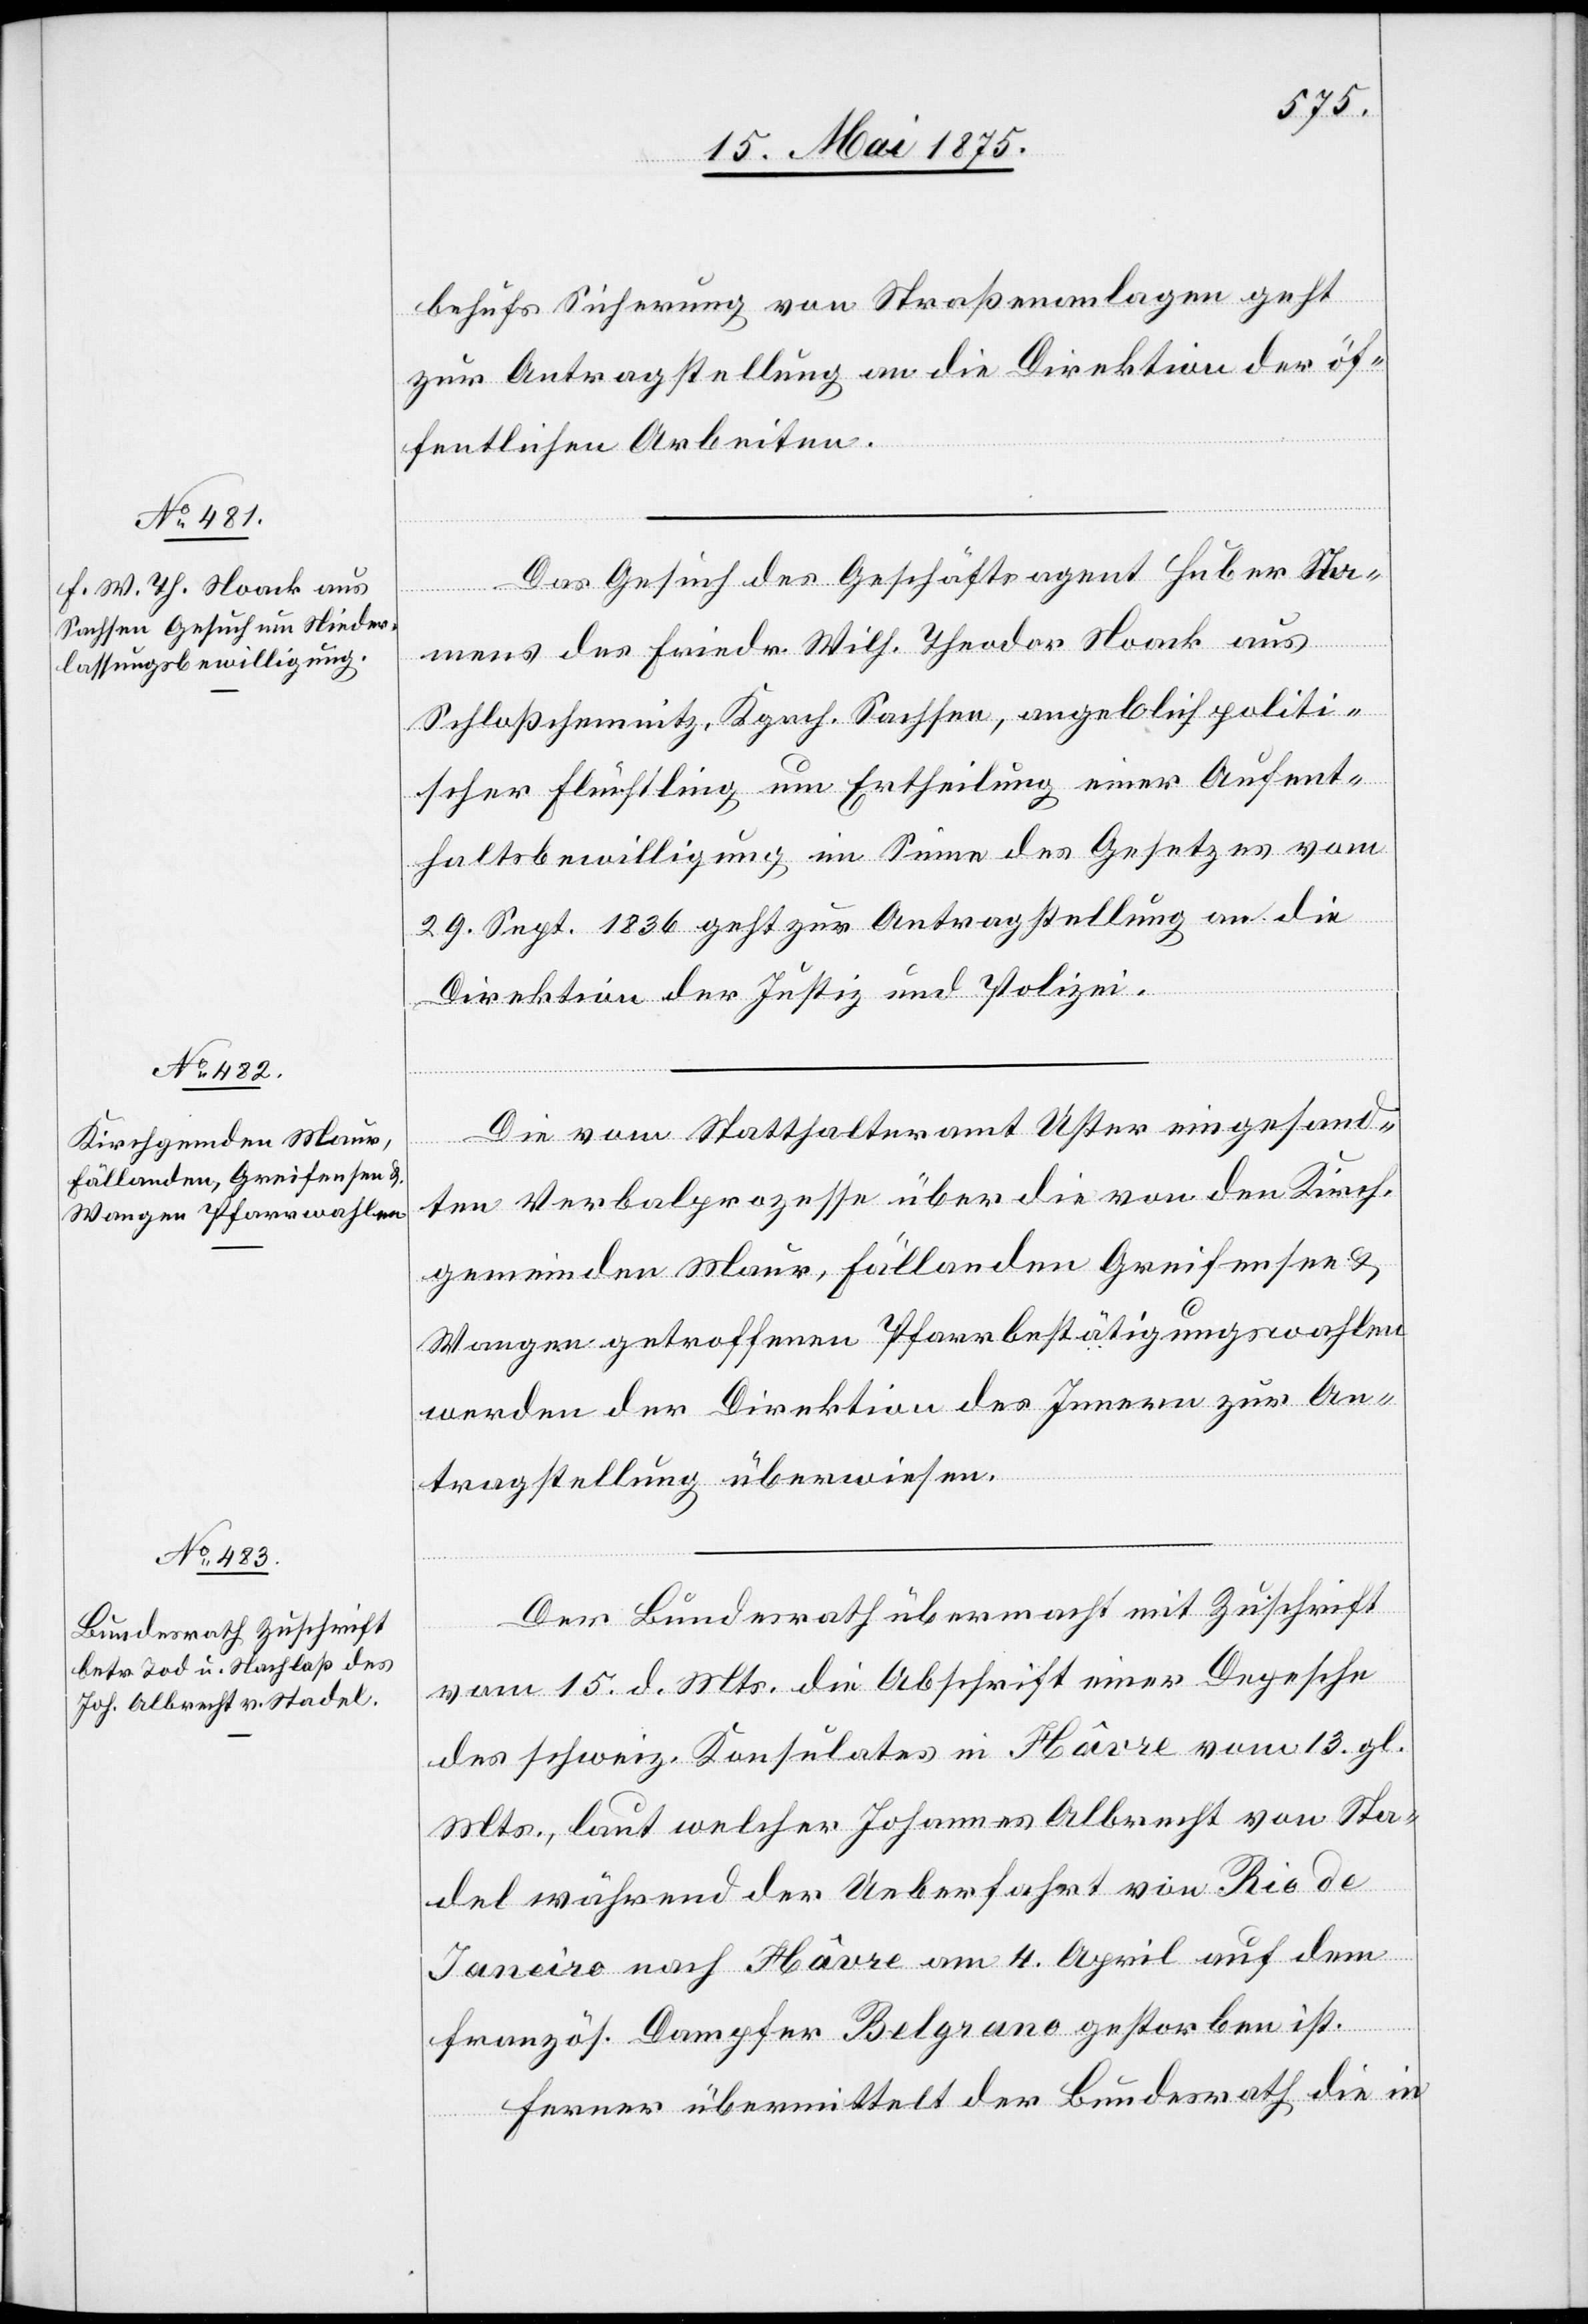
20. Mai 1875.]
behufs Sicherung von Straßenanlagen geht
zur Antragstellung an die Direktion der öf¬
fentlichen Arbeiten.
Das Gesuch des Geschäftsagent Huber Na¬
mens des Friedr. Wilh. Theodor Noack aus
Schloßchemnitz, Kgrch. Sachsen, angeblich politi¬
scher Flüchtling um Ertheilung einer Aufent¬
haltsbewilligung im Sinne des Gesetzes vom
29. Sept. 1836 geht zur Antragstellung an die
Direktion der Justiz und Polizei.
Die vom Statthalteramt Uster eingesand¬
ten Verbalprozesse über die von den Kirch¬
gemeinden Maur, Fällanden, Greifensee &
Wangen getroffenen Pfarrbestätigungswahlen
werden der Direktion des Innern zur An¬
tragstellung überwiesen.
Der Bundesrath übermacht mit Zuschrift
vom 15. d. Mts. die Abschrift einer Depesche
des schweiz. Konsulates in Hâvre vom 13. gl.
Mts., laut welcher Johannes Albrecht von Sta¬
del während der Ueberfahrt von Rio de
Janeiro nach Hâvre am 4. April auf dem
französ. Dampfer Belgrano gestorben ist.
Ferner übermittelt der Bundesrath die in